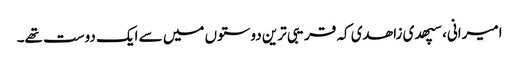
امیرانی، سپھدی زاھدی کہ قریبی ترین دوستوں میں سے ایک دوست تھے۔